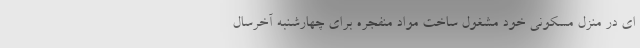
ای در منزل مسکونی خود مشغول ساخت مواد منفجره برای چهارشنبه آخرسال